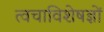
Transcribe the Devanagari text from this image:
त्वचाविशेषज्ञों